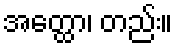
အတ္ထော၊ တည်း။